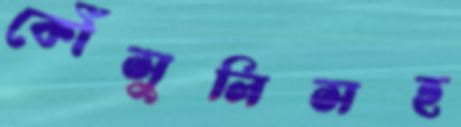
কৌঁসুলিসহ